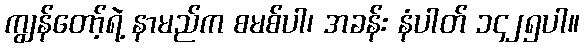
ကျွန်တော့်ရဲ့ နာမည်က စမစ်ပါ၊ အခန်း နံပါတ် ၁၄၂၅ပါ။